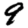
Digit: 9